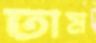
তাম